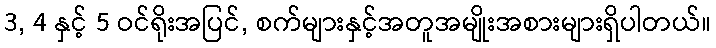
3, 4 နှင့် 5 ဝင်ရိုးအပြင်, စက်များနှင့်အတူအမျိုးအစားများရှိပါတယ်။